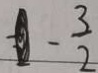
- \frac { 3 } { 2 }